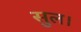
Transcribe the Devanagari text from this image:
सुल।